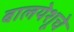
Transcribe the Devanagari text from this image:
बालयेशूचे